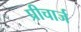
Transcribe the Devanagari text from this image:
प्रीचार्ज